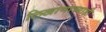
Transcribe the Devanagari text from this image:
लिखाणाच्याही